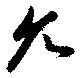
允